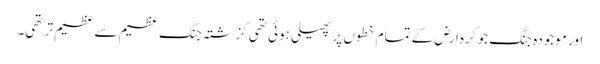
اور موجودہ جنگ جو کرہ ارض کے تمام خطوں پر پھیلی ہوئی تھی گزشتہ جنگ عظیم سے عظیم تر تھی۔